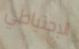
الإحتياطي